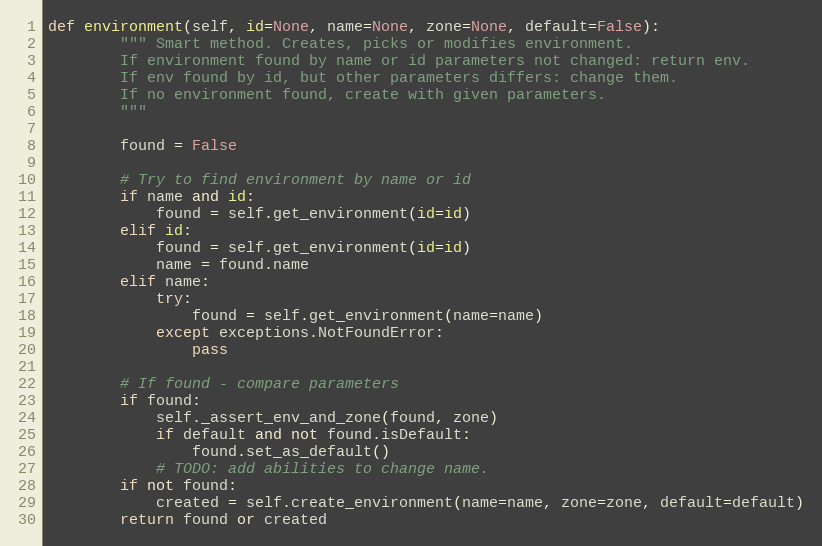
Language: Python
def environment(self, id=None, name=None, zone=None, default=False):
        """ Smart method. Creates, picks or modifies environment.
        If environment found by name or id parameters not changed: return env.
        If env found by id, but other parameters differs: change them.
        If no environment found, create with given parameters.
        """

        found = False

        # Try to find environment by name or id
        if name and id:
            found = self.get_environment(id=id)
        elif id:
            found = self.get_environment(id=id)
            name = found.name
        elif name:
            try:
                found = self.get_environment(name=name)
            except exceptions.NotFoundError:
                pass

        # If found - compare parameters
        if found:
            self._assert_env_and_zone(found, zone)
            if default and not found.isDefault:
                found.set_as_default()
            # TODO: add abilities to change name.
        if not found:
            created = self.create_environment(name=name, zone=zone, default=default)
        return found or created